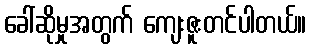
ခေါ်ဆိုမှုအတွက် ကျေးဇူးတင်ပါတယ်။